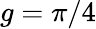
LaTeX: g=\pi/4